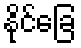
နိုင်ခြေ